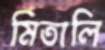
মিতালি